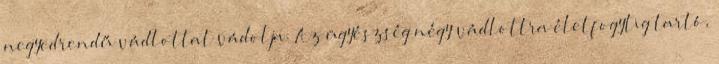
negyedrendű vádlottat vádolja. Az ügyészség négy vádlottra életfogytig tartó,